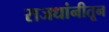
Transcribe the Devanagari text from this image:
राजधांनीतून